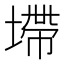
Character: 墆